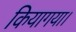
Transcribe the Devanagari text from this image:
कियागया।